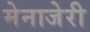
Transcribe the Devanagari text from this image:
मेनाजेरी